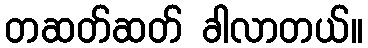
တဆတ်ဆတ် ခါလာတယ်။